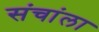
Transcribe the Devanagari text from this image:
संचांला